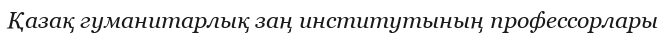
Қазақ гуманитарлық заң институтының профессорлары